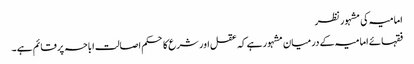
امامیہ کی مشہور نظر
فقہائے امامیہ کے درمیان مشہور ہے کہ عقل اور شرع کا حکم اصالت اباحہ پر قائم ہے ۔